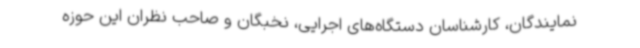
نمایندگان، کارشناسان دستگاه‌های اجرایی، نخبگان و صاحب نظران این حوزه